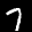
Label: 7